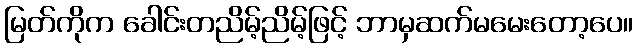
မြတ်ကိုက ခေါင်းတညိမ့်ညိမ့်ဖြင့် ဘာမှဆက်မမေးတော့ပေ။